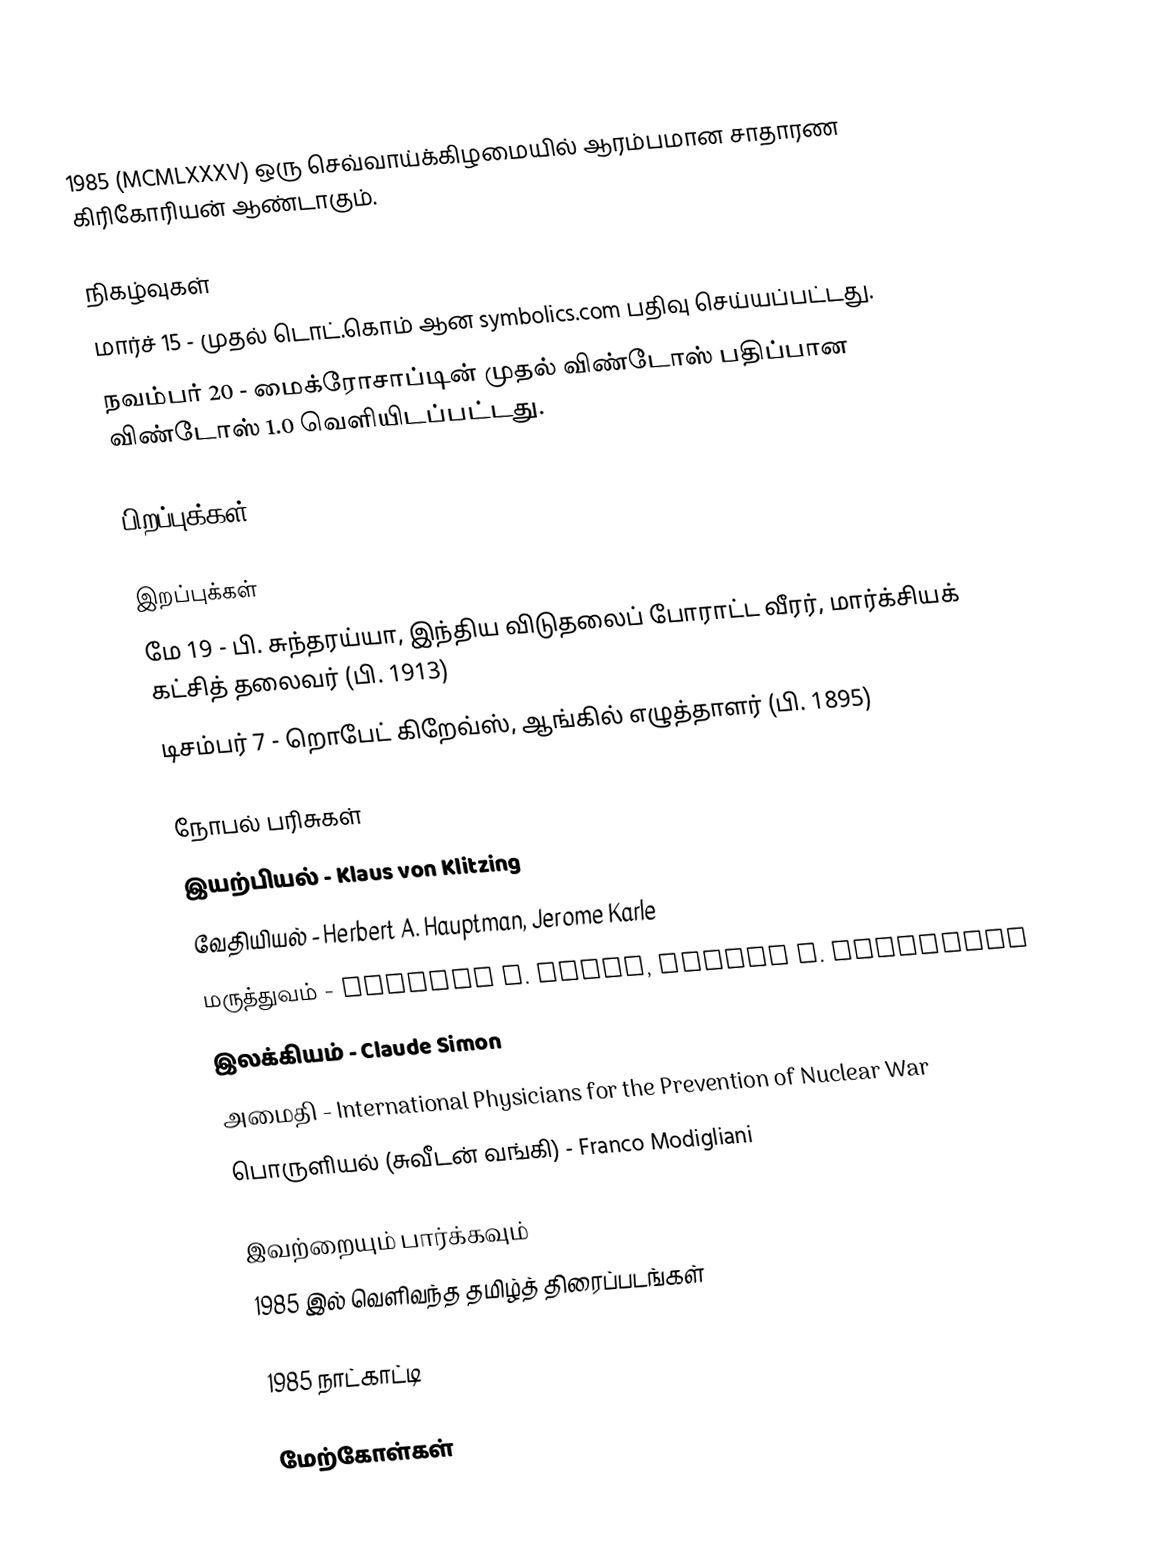
1985  (MCMLXXXV) ஒரு செவ்வாய்க்கிழமையில் ஆரம்பமான சாதாரண கிரிகோரியன் ஆண்டாகும்.

நிகழ்வுகள்
 மார்ச் 15 - முதல் டொட்.கொம் ஆன symbolics.com பதிவு செய்யப்பட்டது.
 நவம்பர் 20 - மைக்ரோசாப்டின் முதல் விண்டோஸ் பதிப்பான விண்டோஸ் 1.0 வெளியிடப்பட்டது.

பிறப்புக்கள்

இறப்புக்கள்
 மே 19 - பி. சுந்தரய்யா, இந்திய விடுதலைப் போராட்ட வீரர், மார்க்சியக் கட்சித் தலைவர் (பி. 1913)
 டிசம்பர் 7 - றொபேட் கிறேவ்ஸ், ஆங்கில் எழுத்தாளர் (பி. 1895)

நோபல் பரிசுகள்
 இயற்பியல் - Klaus von Klitzing
 வேதியியல் - Herbert A. Hauptman, Jerome Karle
 மருத்துவம் - Michael S. Brown, Joseph L. Goldstein
 இலக்கியம் - Claude Simon
 அமைதி - International Physicians for the Prevention of Nuclear War
 பொருளியல் (சுவீடன் வங்கி) - Franco Modigliani

இவற்றையும் பார்க்கவும்
 1985 இல் வெளிவந்த தமிழ்த் திரைப்படங்கள்

1985 நாட்காட்டி

மேற்கோள்கள்